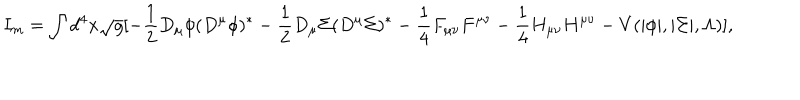
LaTeX: I _ { m } = \int d ^ { 4 } x \sqrt { { g } } [ - \frac { 1 } { 2 } D _ { \mu } \phi ( D ^ { \mu } \phi ) ^ { * } - \frac { 1 } { 2 } D _ { \mu } \Sigma ( D ^ { \mu } \Sigma ) ^ { * } - \frac { 1 } { 4 } F _ { \mu \nu } F ^ { \mu \nu } - \frac { 1 } { 4 } H _ { \mu \nu } H ^ { \mu \nu } - V ( | \phi | , | \Sigma | , \Lambda ) ] ,